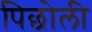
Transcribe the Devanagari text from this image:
पिछोली